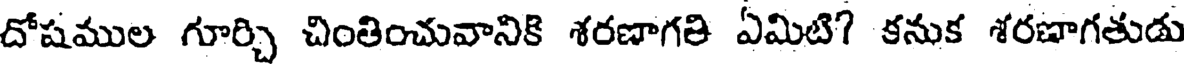
దోషముల గూర్చి చింతించువానికి శరణాగతి ఏమిటి? కనుక శరణాగతుడు